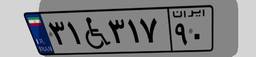
۳۱W۳۱۷۹۰